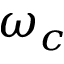
\omega _ { c }